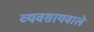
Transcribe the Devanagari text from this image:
व्यवसायवाले